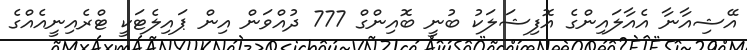
އޭޝިއާނާ އެއާލައިންގެ އޮފިޝަލަކު ބުނީ ބޮއިންގް 777 ދުއްވަން އިން ޕައިލެޓަކީ ޓްރެއިނީއެއްގެ